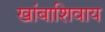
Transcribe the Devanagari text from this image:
खांबाशिवाय